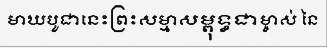
មាឃបូជានេះព្រះសម្មាសម្ពុទ្ធជាម្ចាស់ នៃ